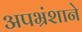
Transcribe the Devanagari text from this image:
अपभ्रंशाने